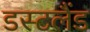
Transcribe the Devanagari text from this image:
डस्टलैंड